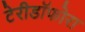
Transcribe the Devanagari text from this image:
टेरीडॉफोरा